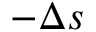
- \Delta s